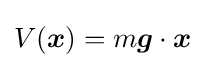
V({\boldsymbol {x}})=m{\boldsymbol {g}}\cdot {\boldsymbol {x}}